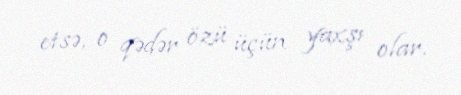
etsə, o qədər özü üçün yaxşı olar.